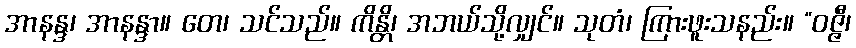
အာနန္ဒ၊ အာနန္ဒာ။ တေ၊ သင်သည်။ ကိန္တိ၊ အဘယ်သို့လျှင်။ သုတံ၊ ကြားဖူးသနည်း။ “ဝဇ္ဇီ၊